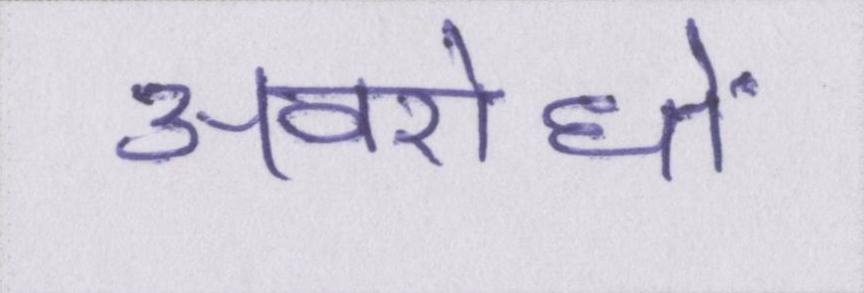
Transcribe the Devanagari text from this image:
अवरोधों